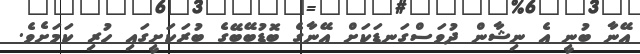
އޭނާ ބުނީ އެ ނިޝާން ދުވަސްގަނޑަކަށް އޭނާގެ ބޮޑުބޭބޭގެ ބުރަކަށީގައި ހުރި ކަމަށެވެ.